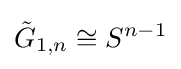
{\tilde {G}}_{1,n}\cong S^{n-1}